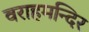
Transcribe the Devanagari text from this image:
वराहमन्दिर